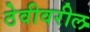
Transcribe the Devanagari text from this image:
ठेवीवरील